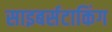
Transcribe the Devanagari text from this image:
साइबर्सटाकिंग